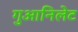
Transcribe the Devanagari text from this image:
गुआनिलेट